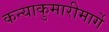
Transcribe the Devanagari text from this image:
कन्याकुमारीमार्गे